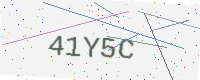
Text: 41Y5C